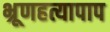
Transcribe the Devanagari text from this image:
भ्रूणहत्यापाप